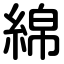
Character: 綿